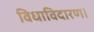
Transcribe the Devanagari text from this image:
विधाविदारण।